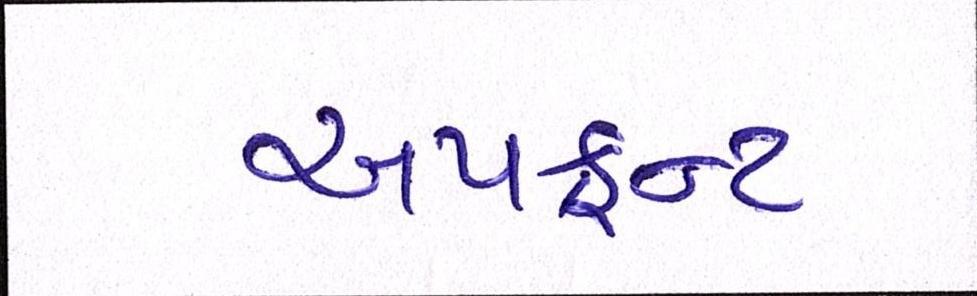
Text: અપફ્રન્ટ